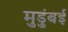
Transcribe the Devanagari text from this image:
मुडुंबई